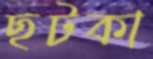
ছটকা